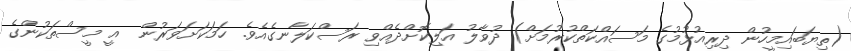
(ތިޔަބައިމީހުން ދިރިއުޅުމުގެ މަސައްކަތްކުރުމަށް) ދުވާލު އަލިކޮށްދެއްވި ރަސްކަލާނގެއެވެ. ހަމަކަށަވަރުން  އީ މީސްތަކުންގެ